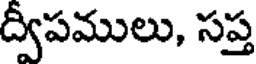
ద్వీపములు, సప్త